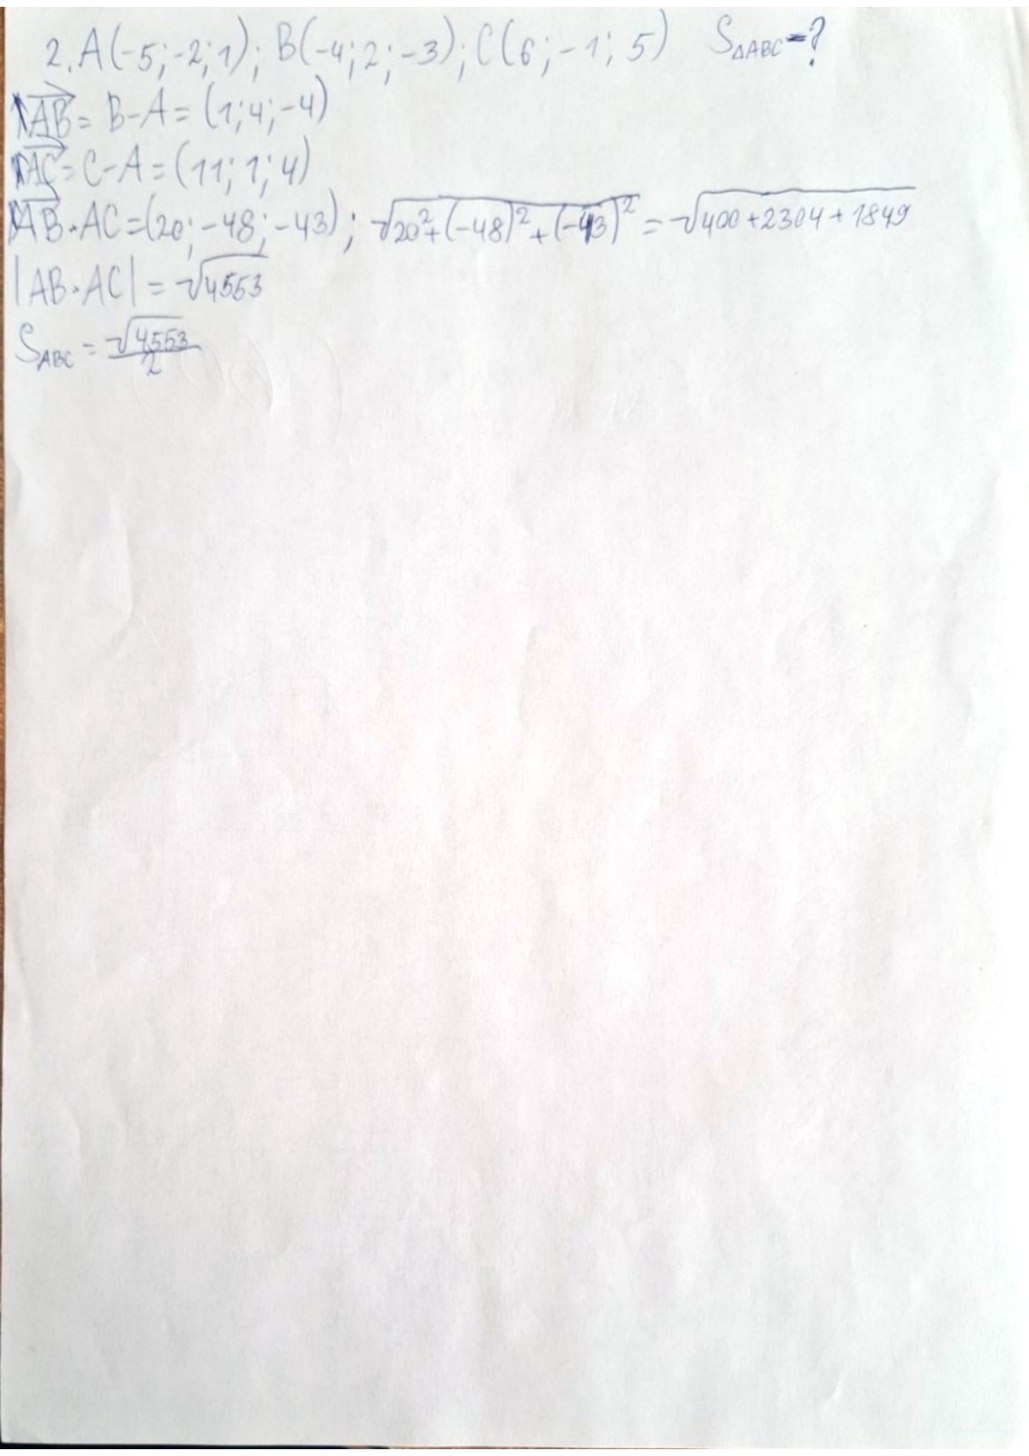
2. A(-5; -2; 1); B(-4; 2; -3); C(6; -1; 5) SΔABC - ?
AB = B - A = (1; 4; -4)
AC = C - A = (11; 1; 4)
|\vec{AB} \times AC| = \sqrt{20^2 + (-48)^2 + (-43)^2} = \sqrt{400 + 2304 + 1849}
|AB \times AC| = \sqrt{4553}
S_{ABC} = \frac{\sqrt{4553}}{2}